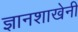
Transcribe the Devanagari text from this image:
ज्ञानशाखेनी